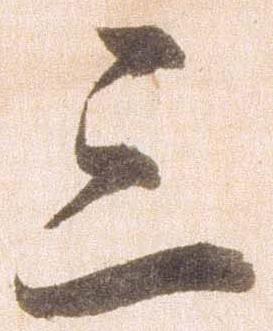
三